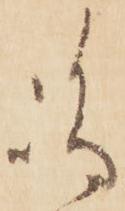
嶋